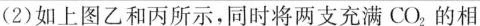
(2)如上图乙和丙所示，同时将两支充满CO_{2}的相